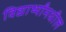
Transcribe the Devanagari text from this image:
विद्यार्थ्यांमधील